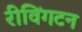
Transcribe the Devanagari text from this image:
रीविंगटन